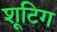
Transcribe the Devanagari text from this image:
शूटिग